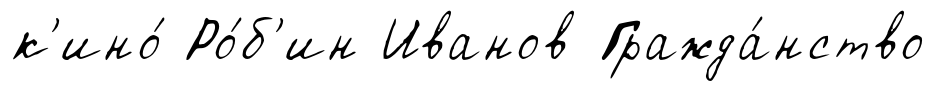
к'ино́ Ро́б'ин Иванов Гражда́нство